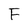
Character: F